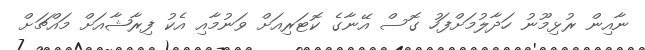
ނާއިން ރުޅިމޫނު ހަދާލުމަށްފަހު ގޮސް އޭނާގެ ކޮޓަރިއަށް ވަނުމާއި އެކު ފިރާޝާއަށް މައްޗަށް